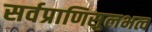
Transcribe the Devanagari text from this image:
सर्वप्राणिसुलभत्व